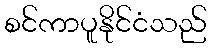
စင်ကာပူနိုင်ငံသည်